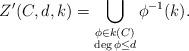
LaTeX: \begin{align*}Z'(C,d,k)=\bigcup_{\substack{\phi\in k(C)\\\deg \phi\leq d}} \phi^{-1}(k).\end{align*}